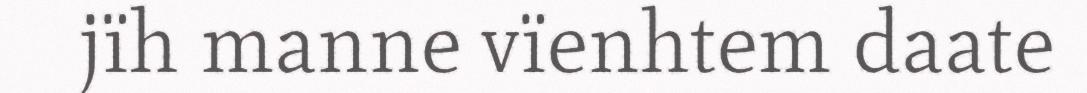
jïh manne vïenhtem daate